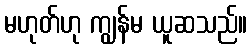
မဟုတ်ဟု ကျွန်မ ယူဆသည်။